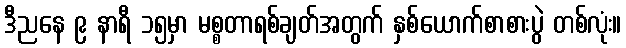
ဒီညနေ ၉ နာရီ ၁၅မှာ မစ္စတာရစ်ချတ်အတွက် နှစ်ယောက်စာစားပွဲ တစ်လုံး။